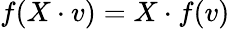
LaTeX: f(X\cdot v)=X\cdot f(v)